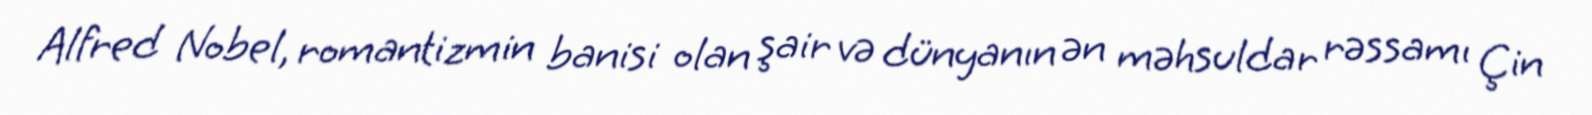
Alfred Nobel, romantizmin banisi olan şair və dünyanın ən məhsuldar rəssamı Çin